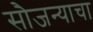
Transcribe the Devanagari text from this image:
सौजन्याचा